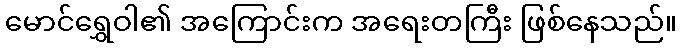
မောင်ရွှေဝါ၏ အကြောင်းက အရေးတကြီး ဖြစ်နေသည်။